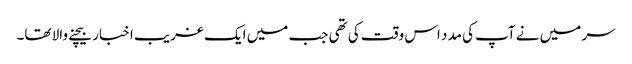
سر میں نے آپ کی مدد اس وقت کی تھی جب میں ایک غریب اخبار بیچنے والا تھا۔